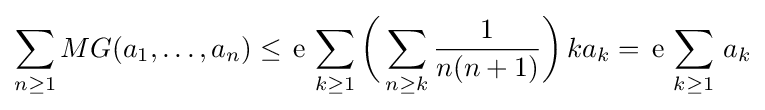
\sum _{n\geq 1}MG(a_{1},\dots ,a_{n})\leq \,\mathrm {e} \,\sum _{k\geq 1}{\bigg (}\sum _{n\geq k}{\frac {1}{n(n+1)}}{\bigg )}\,ka_{k}=\,\mathrm {e} \,\sum _{k\geq 1}\,a_{k}